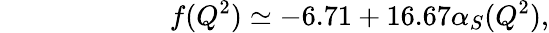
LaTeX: ~~~~~~~~~~~~~~~~~~~~~~~~f(Q^{2})\simeq-6.71+16.67\alpha_{S}(Q^{2}),